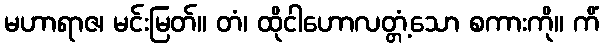
မဟာရာဇ၊ မင်းမြတ်။ တံ၊ ထိုငါဟောလတ္တံ့သော စကားကို။ ကိံ